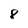
Character: 8